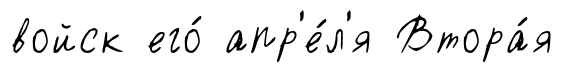
войск его́ апр'е́л'я Втора́я